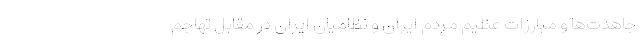
جاهدت‌ها و مبارزات عظیم مردم ایران و نظامیان ایران در مقابل تهاجم